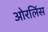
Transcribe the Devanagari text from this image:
ओरलिंस